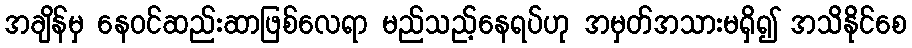
အချိန်မှ နေဝင်ဆည်းဆာဖြစ်လေရာ မည်သည့်နေရပ်ဟု အမှတ်အသားမရှိ၍ အသိနိုင်စေ